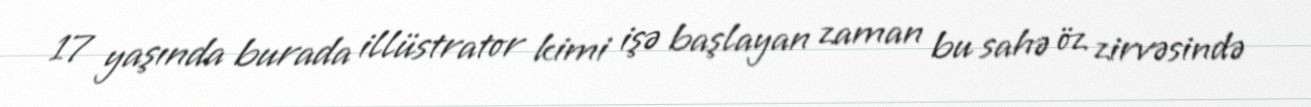
17 yaşında burada illüstrator kimi işə başlayan zaman bu sahə öz zirvəsində